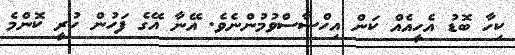
ކިހާ ބޮޑު އެހީއެއް ކަން އިހްސާސްވުމުންނެވެ. އޭނާ އޭގެ ފަހުން ހުރީ ކޮންމެ